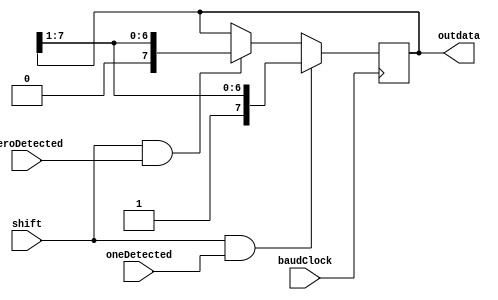
`timescale 1ns / 1ps
module SIPO(input oneDetected,zeroDetected,baudClock,shift,output reg [7:0] outdata);
//serial in parallel out shift Register
always@(posedge baudClock)
begin
if(shift&oneDetected)
outdata<={1'b1,outdata[7:1]};
else if(shift&zeroDetected)
outdata<={1'b0,outdata[7:1]};
end

endmodule